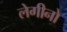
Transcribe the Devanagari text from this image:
लेगीनो